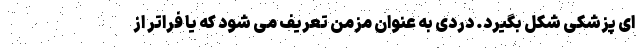
ای پزشکی شکل بگیرد. دردی به عنوان مزمن تعریف می شود که یا فراتر از